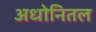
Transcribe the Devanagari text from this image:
अधोनितल